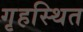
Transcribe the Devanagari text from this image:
गृहस्थित